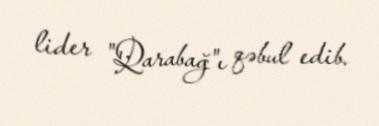
lider "Qarabağ"ı qəbul edib.